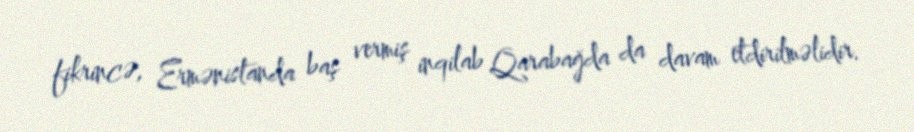
fikrincə, Ermənistanda baş vermiş inqilab Qarabağda da davam etdirilməlidir.